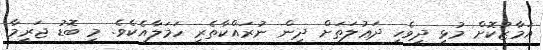
އަމާޒުކޮށް މުޅި ދިވެހި ދަޢުލަތަށް ދިން ނުރައްކާތެރި ހަމަލާއެކެވެ. މި ބޮޑު ޖަރީމާ